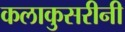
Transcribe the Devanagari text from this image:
कलाकुसरीनी